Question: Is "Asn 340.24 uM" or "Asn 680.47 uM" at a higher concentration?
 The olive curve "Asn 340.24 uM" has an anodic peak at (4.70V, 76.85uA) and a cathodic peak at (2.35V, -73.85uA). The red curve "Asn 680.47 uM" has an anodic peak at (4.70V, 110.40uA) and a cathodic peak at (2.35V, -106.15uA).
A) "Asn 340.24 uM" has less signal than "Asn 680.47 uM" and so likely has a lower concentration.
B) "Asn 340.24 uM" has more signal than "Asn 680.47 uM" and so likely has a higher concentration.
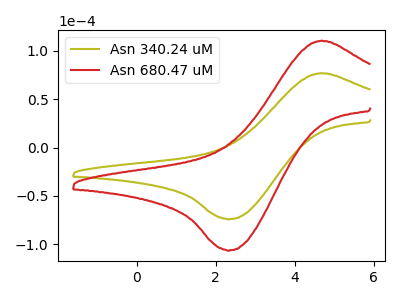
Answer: <think>All the peaks in "Asn 340.24 uM" have a peak in "Asn 680.47 uM" at the same potential. Every peak in "Asn 340.24 uM" is lower than every peak in "Asn 680.47 uM".
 </think>
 <answer>A) "Asn 340.24 uM" has less signal than "Asn 680.47 uM" and so likely has a lower concentration.</answer>
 <eval>A</eval>